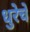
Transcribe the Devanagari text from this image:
धुरेचे